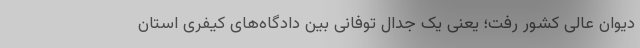
دیوان عالی کشور رفت؛ یعنی یک جدال توفانی بین دادگاه‌های کیفری استان